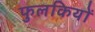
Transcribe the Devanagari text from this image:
फुलकियों